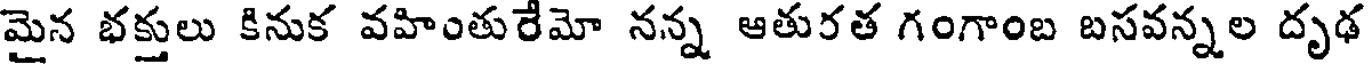
మైన భక్తులు కినుక వహింతురేమో నన్న ఆతురత గంగాంబ బసవన్నల దృఢ